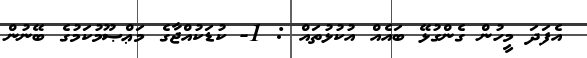
އެފަދަ މީހުން ގެންގުޅޭ ބައެއް އުކުޅުތައް : 1- ކުޑަކުއްޖާގެ މަޢްޞޫމުކަމުގެ ބޭނުން